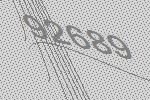
92689